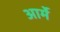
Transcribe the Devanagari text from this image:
आर्मे